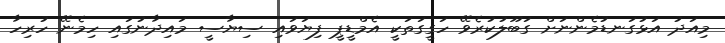
މިއަދު އަޅުގަނޑުމެންނަށް ގަބޫލުކުރެވޭ ހަގީގަތަކީ އެމްޑީޕީ ފިޔަވައި ސިޔާސީ މައިދާނުގައި ހިމެނޭ ހުރިހާ